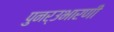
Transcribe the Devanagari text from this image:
पुनर्उभारणी